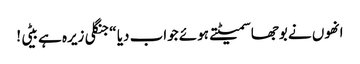
انھوں نے بوجھا سمیٹتے ہوئے جواب دیا “جنگلی زیرہ ہے بیٹی !